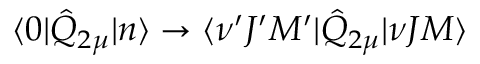
\langle 0 | \hat { Q } _ { 2 \mu } | n \rangle \to \langle \nu ^ { \prime } J ^ { \prime } M ^ { \prime } | \hat { Q } _ { 2 \mu } | \nu J M \rangle